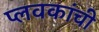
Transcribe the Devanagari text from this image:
प्लवकांची